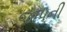
જાપની